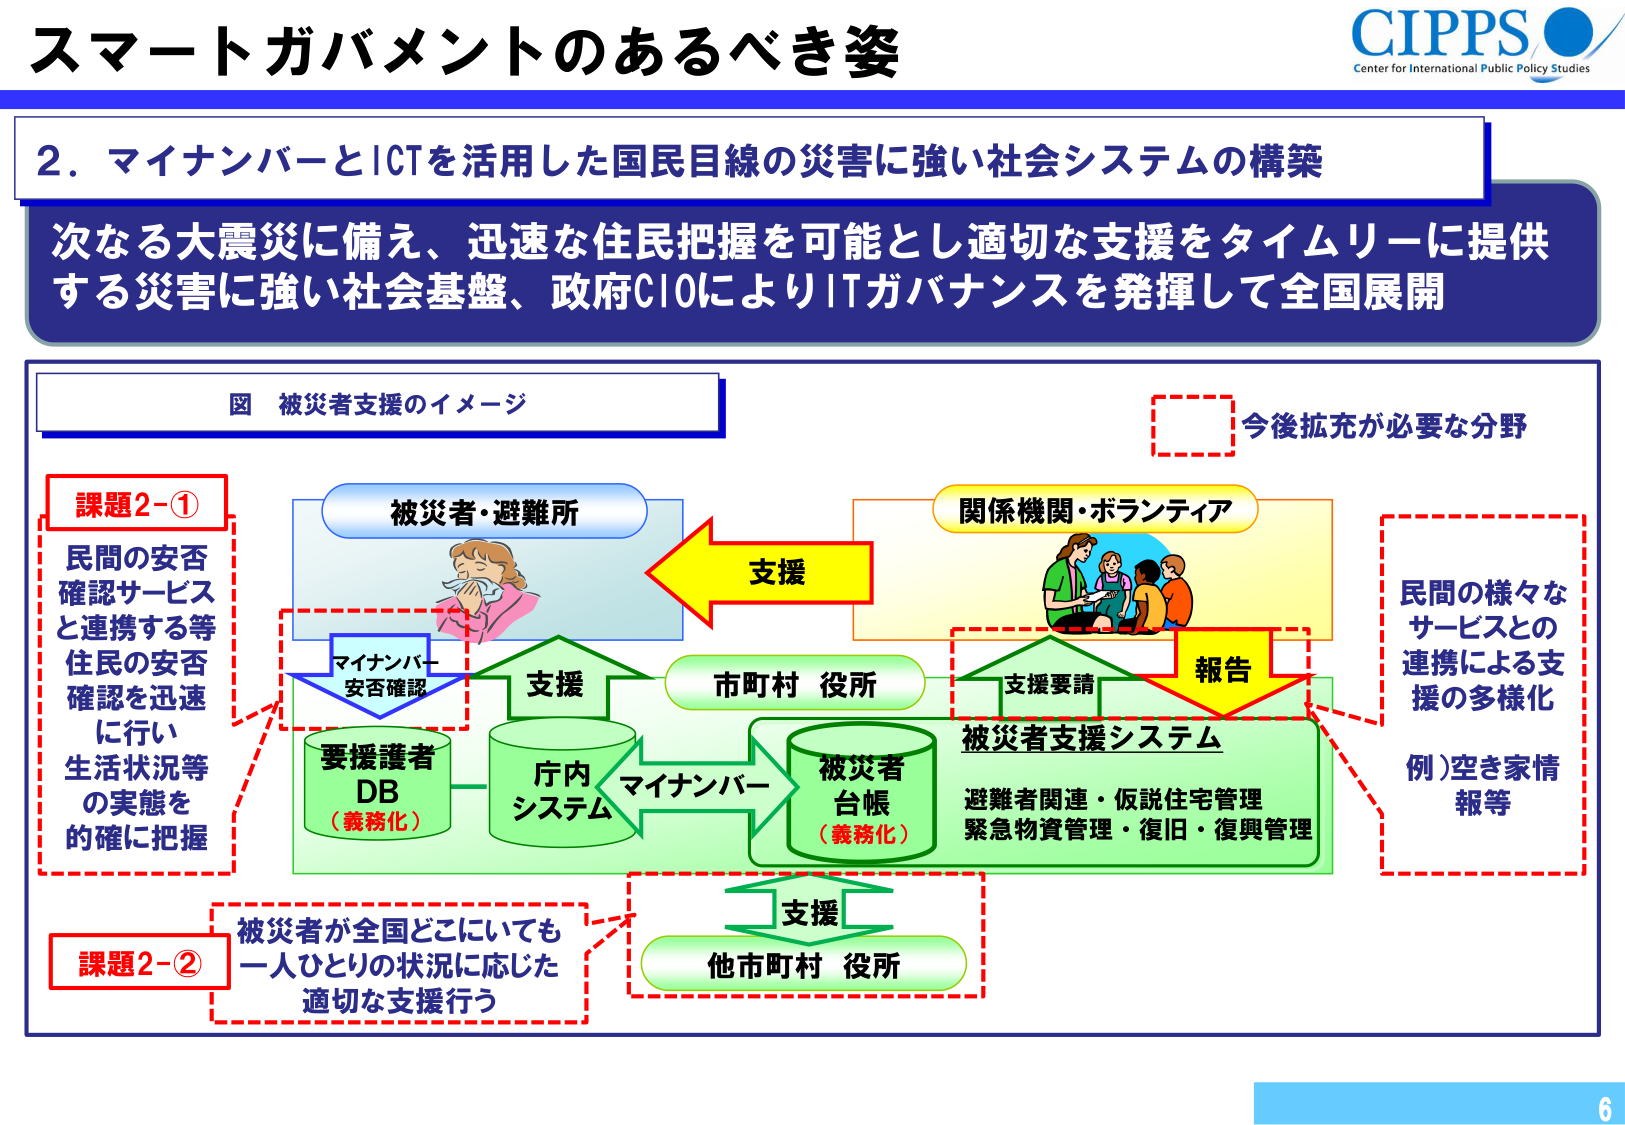
スマートガバメントのあるべき姿

CIPPS
Center for International Public Policy Studies

2. マイナンバーとICTを活用した国民目線の災害に強い社会システムの構築

次なる大震災に備え、迅速な住民把握を可能とし適切な支援をタイムリーに提供
する災害に強い社会基盤、政府CIOによりITガバナンスを発揮して全国展開

図 被災者支援のイメージ

課題2-①
民間の安否
確認サービス
と連携する等
住民の安否
確認を迅速
に行い
生活状況等
の実態を
的確に把握

被災者・避難所
マイナンバー
安否確認
支援
要援護者
DB（義務化）
庁内
システム
マイナンバー
被災者
台帳（義務化）
市町村 役所
支援
関係機関・ボランティア
支援要請
報告
被災者支援システム
避難者関連・仮説住宅管理
緊急物資管理・復旧・復興管理
今後拡充が必要な分野
民間の様々な
サービスとの
連携による支
援の多様化
例）空き家情
報等

課題2-②
被災者が全国どこにいても
一人ひとりの状況に応じた
適切な支援行う
支援
他市町村 役所

6